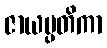
ဇာယမ္ပတိကာ